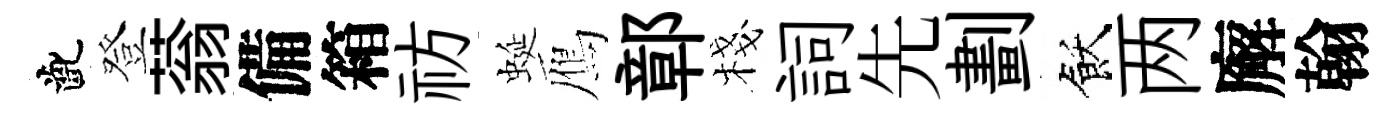
齔登蓊備箱祊蜒鴈鄣棧詞先劃飫两廨翰